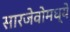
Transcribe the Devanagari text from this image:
सारजेवोमध्ये